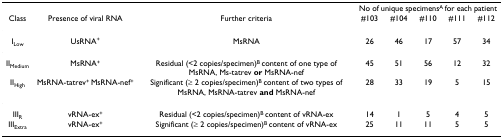
|  |  |  | <COLSPAN=5> No of unique specimensA for each patient |
 | Class | Presence of viral RNA | Further criteria | #103 | #104 | #110 | #111 | #112 |
 | --- | --- | --- | --- | --- | --- | --- | --- |
 | ILow | UsRNA+ | MsRNA | 26 | 46 | 17 | 57 | 34 |
 | IIMedium | MsRNA+ | Residual (<2 copies/specimen)B content of one type of MsRNA, Ms-tatrev or MsRNA-nef | 45 | 51 | 56 | 12 | 32 |
 | IIHigh | MsRNA-tatrev+ MsRNA-nef+ | Significant (≥ 2 copies/specimen)B content of two types of MsRNA, MsRNA-tatrev and MsRNA-nef | 28 | 33 | 19 | 5 | 15 |
 | IIIR | vRNA-ex+ | Residual (<2 copies/specimen)B content of vRNA-ex | 14 | 1 | 5 | 4 | 5 |
 | IIIExtra | vRNA-ex+ | Significant (≥ 2 copies/specimen)B content of vRNA-ex | 25 | 11 | 11 | 5 | 5 |